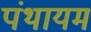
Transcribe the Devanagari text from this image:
पंथायम